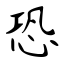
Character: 恐